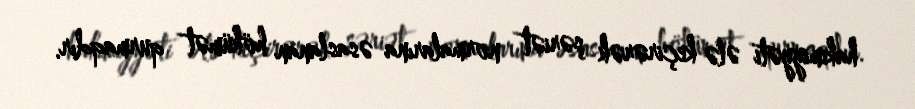
hakimiyyəti ələ keçirərək şəriət normalarına əsaslanan hökümət qurmaqdır.